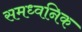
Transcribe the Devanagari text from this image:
समध्वनिक